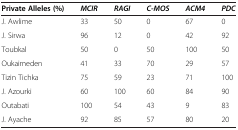
<table><thead><tr><td><b>Private Alleles (%)</b></td><td><b><i>MCIR</i></b></td><td><b><i>RAGI</i></b></td><td><b><i>C-MOS</i></b></td><td><b><i>ACM4</i></b></td><td><b><i>PDC</i></b></td></tr></thead><tbody><tr><td>J. Awlime</td><td>33</td><td>50</td><td>0</td><td>67</td><td>0</td></tr><tr><td>J. Sirwa</td><td>96</td><td>12</td><td>0</td><td>42</td><td>92</td></tr><tr><td>Toubkal</td><td>50</td><td>0</td><td>50</td><td>100</td><td>50</td></tr><tr><td>Oukaimeden</td><td>41</td><td>33</td><td>70</td><td>29</td><td>57</td></tr><tr><td>Tizin Tichka</td><td>75</td><td>59</td><td>23</td><td>71</td><td>100</td></tr><tr><td>J. Azourki</td><td>60</td><td>100</td><td>60</td><td>84</td><td>90</td></tr><tr><td>Outabati</td><td>100</td><td>54</td><td>43</td><td>9</td><td>83</td></tr><tr><td>J. Ayache</td><td>92</td><td>85</td><td>57</td><td>80</td><td>20</td></tr></tbody></table>